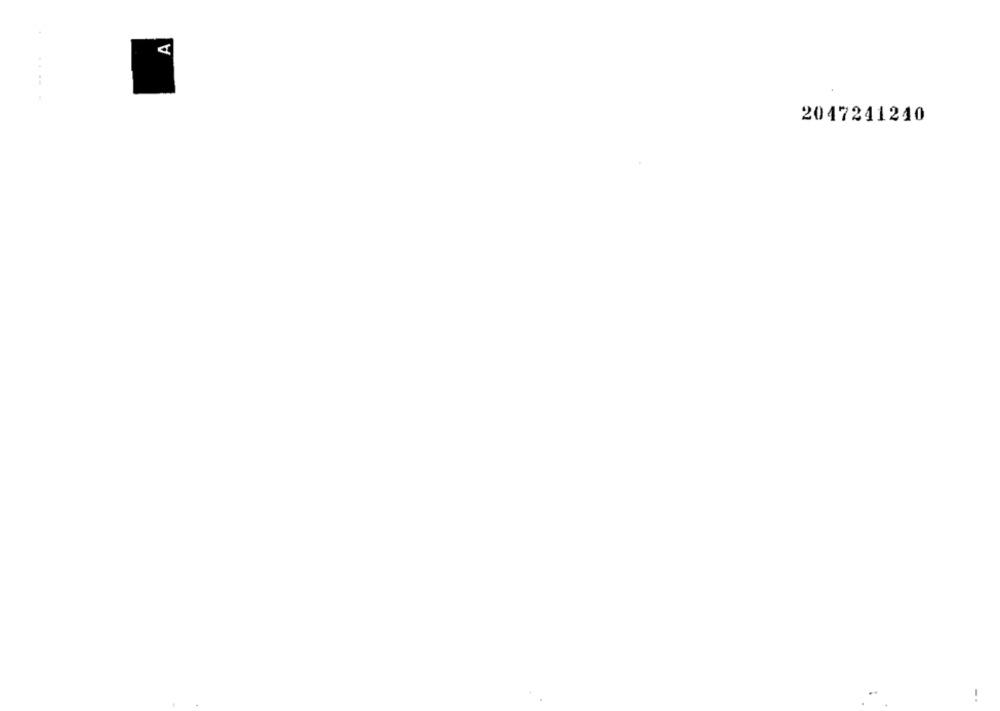
A
2047241240
-.